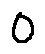
0